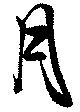
月